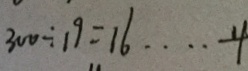
3 0 0 \div 1 9 = 1 6 \cdots - 4